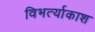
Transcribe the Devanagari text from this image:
विभर्त्याकाश